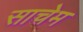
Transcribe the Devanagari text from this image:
साचेम